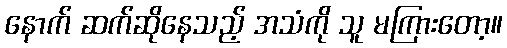
နောက် ဆက်ဆိုနေသည့် အသံကို သူ မကြားတော့။